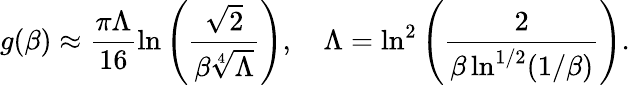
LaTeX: g(\beta)\approx\frac{\pi\Lambda}{16}\ln\left(\frac{\sqrt{2}}{\beta\sqrt[4]{\Lambda}}\right),\quad\Lambda=\ln^{2}\left(\frac{2}{\beta\ln^{1/2}(1/\beta)}\right).